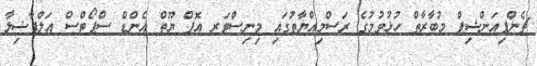
ޗެންޕިއަންޝިޕް މުބާރާތް ހުޅުވުމުގެ ރަސްމިއްޔާތުގައި މިނިސްޓަރ އޮފް ޔޫތް އެންޑް ސްޕޯޓްސް އަލްފާޟިލާ